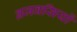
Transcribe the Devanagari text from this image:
ब्रजवसियों